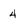
Character: 4